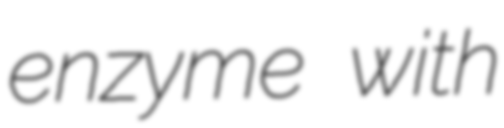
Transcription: enzyme with